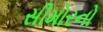
સીમોરનો